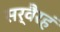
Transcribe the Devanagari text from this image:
सर्वैरहं